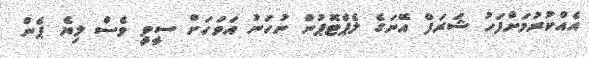
އެއްކުރުމަށްފަހު ޝަރަފް އޭނަގެ ލެޕްޓޮޕުން ނުހަނު އަވަހަށް ސީވީ ވެސް ލިޔެ ޕެން